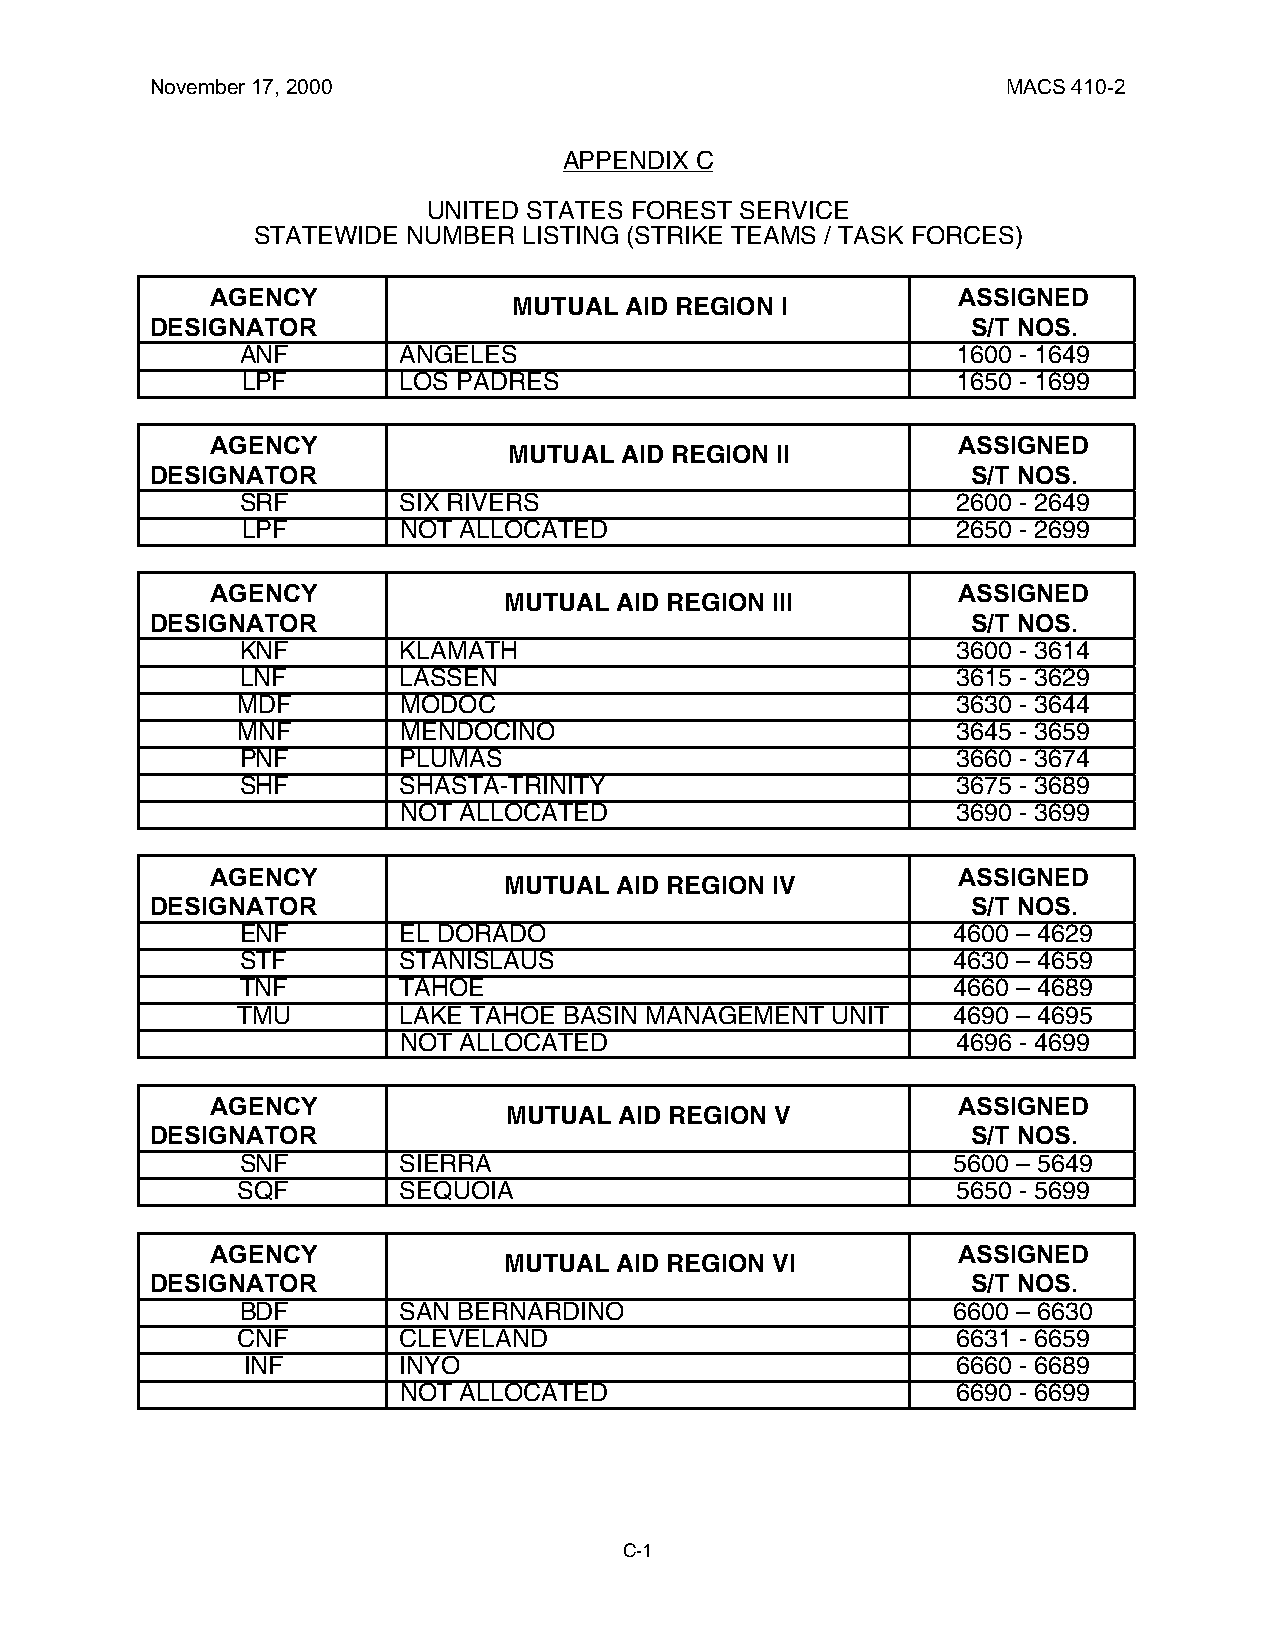
November 17, 2000                                        MACS 410-2
 APPENDIX C
 UNITED STATES FOREST SERVICE
 STATEWIDE NUMBER  LISTING (STRIKE TEAMS / TASK FORCES)
 AGENCY                                           ASSIGNED
 MUTUAL AID REGION I
 DESIGNATOR                                            S/T NOS.
 ANF       ANGELES                              1600 - 1649
 LPF       LOS PADRES                           1650 - 1699
 AGENCY                                           ASSIGNED
 MUTUAL AID REGION II
 DESIGNATOR                                            S/T NOS.
 SRF       SIX RIVERS                           2600 - 2649
 LPF       NOT ALLOCATED                        2650 - 2699
 AGENCY                                           ASSIGNED
 MUTUAL  AID REGION III
 DESIGNATOR                                            S/T NOS.
 KNF       KLAMATH                              3600 - 3614
 LNF       LASSEN                               3615 - 3629
 MDF       MODOC                                3630 - 3644
 MNF       MENDOCINO                            3645 - 3659
 PNF       PLUMAS                               3660 - 3674
 SHF       SHASTA-TRINITY                       3675 - 3689
 NOT ALLOCATED                        3690 - 3699
 AGENCY                                           ASSIGNED
 MUTUAL  AID REGION IV
 DESIGNATOR                                            S/T NOS.
 ENF       EL DORADO                            4600 – 4629
 STF       STANISLAUS                           4630 – 4659
 TNF       TAHOE                                4660 – 4689
 TMU       LAKE TAHOE BASIN MANAGEMENT  UNIT    4690 – 4695
 NOT ALLOCATED                        4696 - 4699
 AGENCY                                           ASSIGNED
 MUTUAL AID REGION V
 DESIGNATOR                                            S/T NOS.
 SNF       SIERRA                               5600 – 5649
 SQF       SEQUOIA                              5650 - 5699
 AGENCY                                           ASSIGNED
 MUTUAL  AID REGION VI
 DESIGNATOR                                            S/T NOS.
 BDF       SAN BERNARDINO                       6600 – 6630
 CNF       CLEVELAND                            6631 - 6659
 INF       INYO                                 6660 - 6689
 NOT ALLOCATED                        6690 - 6699
 C-1